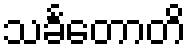
သင်္ခတောတိ